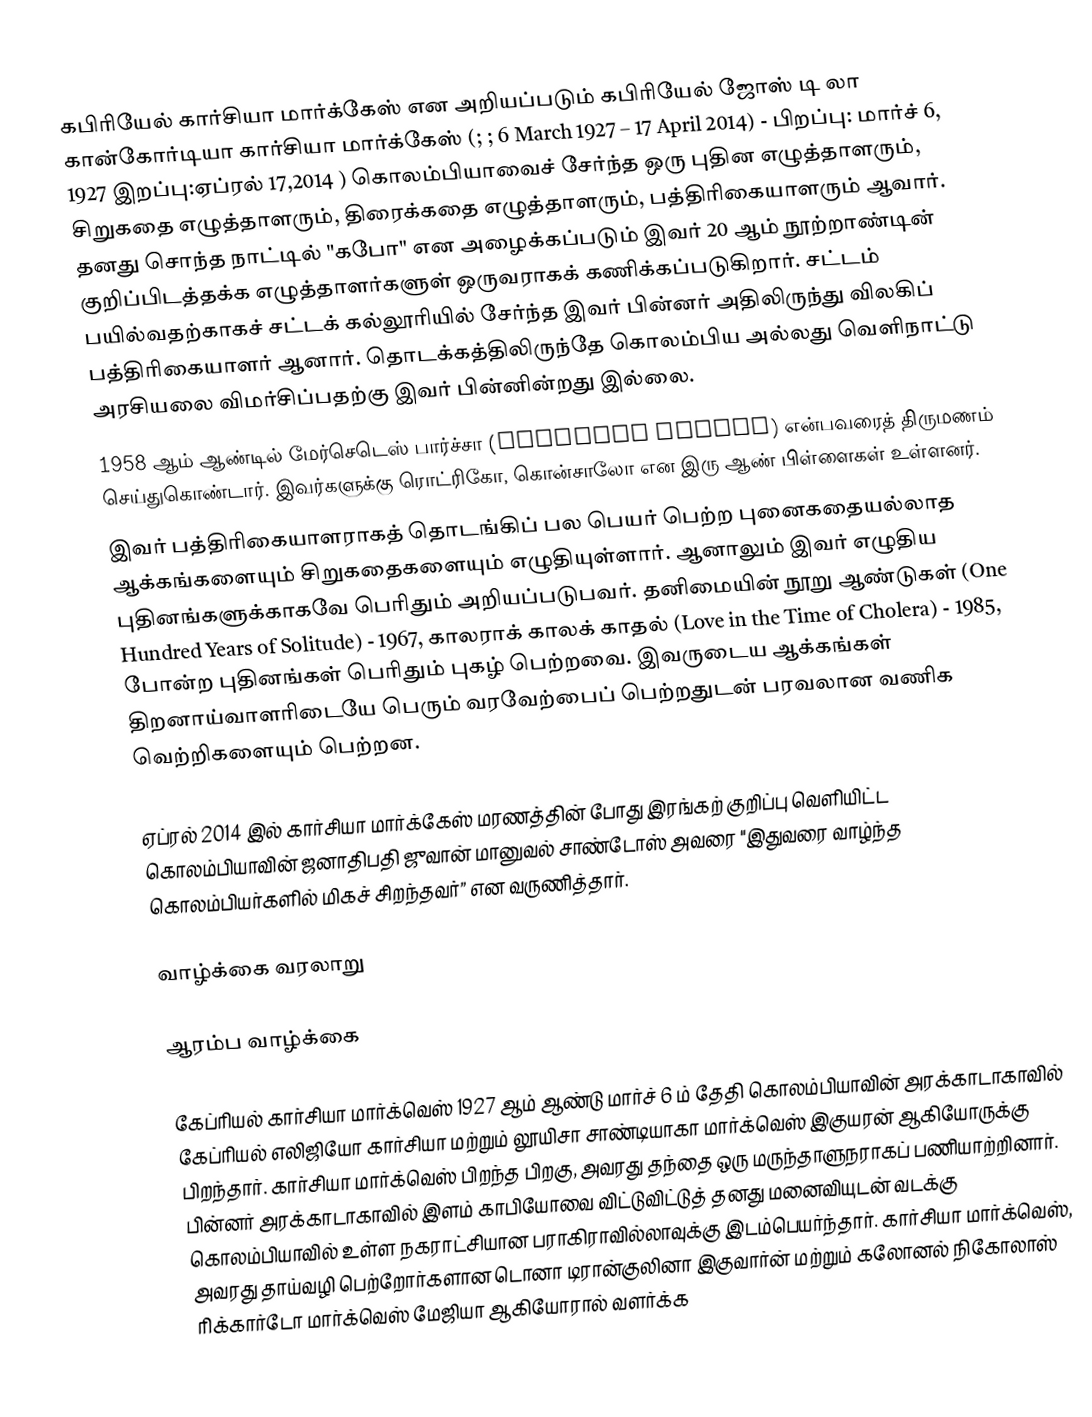
கபிரியேல் கார்சியா மார்க்கேஸ் என அறியப்படும் கபிரியேல் ஜோஸ் டி லா கான்கோர்டியா கார்சியா மார்க்கேஸ் (; ; 6 March 1927 – 17 April 2014) - பிறப்பு: மார்ச் 6, 1927 இறப்பு:ஏப்ரல் 17,2014 ) கொலம்பியாவைச் சேர்ந்த ஒரு புதின எழுத்தாளரும், சிறுகதை எழுத்தாளரும், திரைக்கதை எழுத்தாளரும், பத்திரிகையாளரும் ஆவார். தனது சொந்த நாட்டில் "கபோ" என அழைக்கப்படும் இவர் 20 ஆம் நூற்றாண்டின் குறிப்பிடத்தக்க எழுத்தாளர்களுள் ஒருவராகக் கணிக்கப்படுகிறார். சட்டம் பயில்வதற்காகச் சட்டக் கல்லூரியில் சேர்ந்த இவர் பின்னர் அதிலிருந்து விலகிப் பத்திரிகையாளர் ஆனார். தொடக்கத்திலிருந்தே கொலம்பிய அல்லது வெளிநாட்டு அரசியலை விமர்சிப்பதற்கு இவர் பின்னின்றது இல்லை.
1958 ஆம் ஆண்டில் மேர்செடெஸ் பார்ச்சா (Mercedes Barcha) என்பவரைத் திருமணம் செய்துகொண்டார். இவர்களுக்கு ரொட்ரிகோ, கொன்சாலோ என இரு ஆண் பிள்ளைகள் உள்ளனர்.
இவர் பத்திரிகையாளராகத் தொடங்கிப் பல பெயர் பெற்ற புனைகதையல்லாத ஆக்கங்களையும் சிறுகதைகளையும் எழுதியுள்ளார். ஆனாலும் இவர் எழுதிய புதினங்களுக்காகவே பெரிதும் அறியப்படுபவர். தனிமையின் நூறு ஆண்டுகள் (One Hundred Years of Solitude) - 1967, காலராக் காலக் காதல் (Love in the Time of Cholera) - 1985, போன்ற புதினங்கள் பெரிதும் புகழ் பெற்றவை. இவருடைய ஆக்கங்கள் திறனாய்வாளரிடையே பெரும் வரவேற்பைப் பெற்றதுடன் பரவலான வணிக வெற்றிகளையும் பெற்றன.

ஏப்ரல் 2014 இல் கார்சியா மார்க்கேஸ்  மரணத்தின் போது இரங்கற் குறிப்பு வெளியிட்ட  கொலம்பியாவின் ஜனாதிபதி ஜுவான் மானுவல் சாண்டோஸ் அவரை "இதுவரை வாழ்ந்த கொலம்பியர்களில் மிகச் சிறந்தவர்”  என வருணித்தார்.

வாழ்க்கை வரலாறு

ஆரம்ப வாழ்க்கை

கேப்ரியல் கார்சியா மார்க்வெஸ்  1927 ஆம் ஆண்டு  மார்ச் 6 ம் தேதி கொலம்பியாவின் அரக்காடாகாவில் கேப்ரியல் எலிஜியோ கார்சியா மற்றும் லூயிசா சாண்டியாகா மார்க்வெஸ் இகுயரன் ஆகியோருக்கு பிறந்தார். கார்சியா மார்க்வெஸ் பிறந்த பிறகு, அவரது தந்தை ஒரு மருந்தாளுநராகப் பணியாற்றினார். பின்னர் அரக்காடாகாவில்  இளம் காபியோவை விட்டுவிட்டுத் தனது மனைவியுடன் வடக்கு கொலம்பியாவில் உள்ள நகராட்சியான பராகிராவில்லாவுக்கு இடம்பெயர்ந்தார். கார்சியா மார்க்வெஸ், அவரது தாய்வழி பெற்றோர்களான டொனா டிரான்குலினா இகுவார்ன் மற்றும் கலோனல் நிகோலாஸ் ரிக்கார்டோ மார்க்வெஸ் மேஜியா ஆகியோரால் வளர்க்க